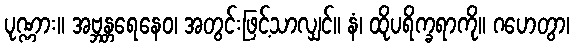
ပုဏ္ဏား။ အဗ္ဘန္တရေနေဝ၊ အတွင်းဖြင့်သာလျှင်။ နံ၊ ထိုပရိက္ခရာကို။ ဂဟေတွာ၊